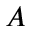
A